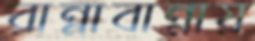
রান্নাবান্নায়